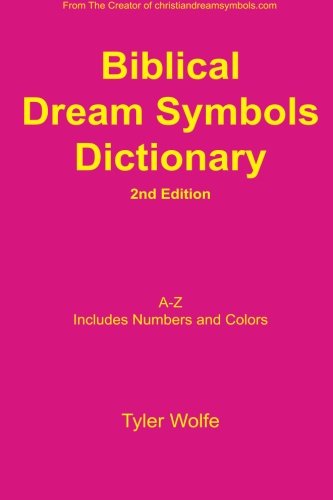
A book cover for Biblical Dream Symbols Dictionary 2nd Edition; Tyler Wolfe; Christian Books & Bibles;